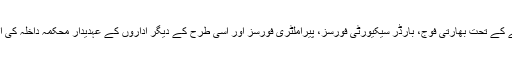
الجزیرہ کی رپورٹ کے مطابق نئے حکم نامے کے تحت بھارتی فوج، بارڈر سیکیورٹی فورسز، پیراملٹری فورسز اور اسی طرح کے دیگر اداروں کے عہدیدار محکمہ داخلہ کی این او سی کے بغیر زمین حاصل کرسکیں گے۔